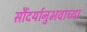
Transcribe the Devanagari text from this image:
सौंदर्यानुभवाच्या